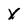
Character: X